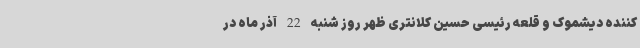
کننده دیشموک و قلعه رئیسی حسین کلانتری ظهر روز شنبه 22 آذر ماه در